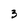
Character: 3